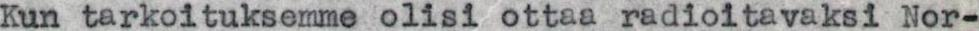
Kun tarkoituksemme olisi ottaa radioitavaksi Nor-